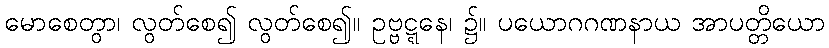
မောစေတွာ၊ လွတ်စေ၍ လွတ်စေ၍။ ဥဗ္ဗဋ္ဋနေ၊ ၌။ ပယောဂဂဏနာယ အာပတ္တိယော